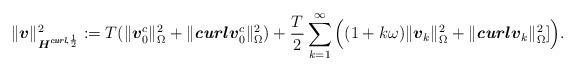
LaTeX: \begin{align*} \|\boldsymbol{v}\|_{\boldsymbol{H}^{\emph{\textbf{curl}},\frac{1}{2}}}^2 := T(\|\boldsymbol{v}_0^c\|_{\Omega}^2 + \|\emph{\textbf{curl}} \, \boldsymbol{v}_0^c\|_{\Omega}^2) + \frac{T}{2} \sum_{k=1}^{\infty} \Big( (1+k\omega) \|\boldsymbol{v}_k\|_{\Omega}^2 + \|\emph{\textbf{curl}} \, \boldsymbol{v}_k\|_{\Omega}^2] \Big).\end{align*}